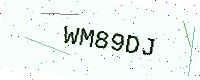
Text: WM89DJ